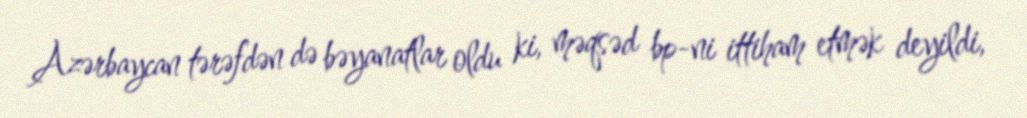
Azərbaycan tərəfdən də bəyanatlar oldu ki, məqsəd bp-ni ittiham etmək deyildi,